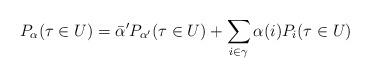
LaTeX: \begin{align*}P_\alpha( \tau \in U) = \bar{\alpha}' P_{\alpha'}( \tau \in U) + \sum_{ i \in \gamma } \alpha(i) P_i ( \tau \in U)\end{align*}